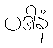
ပဒါနံ